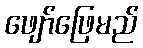
ဖျော်ဖြေမည်